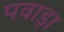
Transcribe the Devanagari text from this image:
पवाड़ा